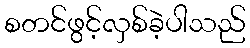
စတင်ဖွင့်လှစ်ခဲ့ပါသည်